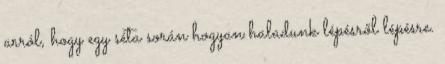
arról, hogy egy séta során hogyan haladunk lépésről lépésre.